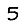
Digit: 5